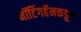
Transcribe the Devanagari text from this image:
नॉटिंगहॅमकडून